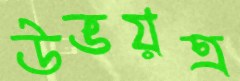
উভয়ত্র